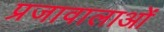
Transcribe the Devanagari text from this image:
प्रजावालाओं